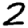
Digit: 2